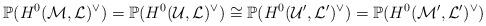
LaTeX: \begin{align*}\mathbb{P}(H^0(\mathcal{M},\mathcal{L})^\vee) = \mathbb{P}(H^0(\mathcal{U},\mathcal{L})^\vee) \cong \mathbb{P}(H^0(\mathcal{U}',\mathcal{L}')^\vee) = \mathbb{P}(H^0(\mathcal{M}',\mathcal{L}')^\vee)\end{align*}